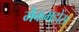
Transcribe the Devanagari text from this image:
मैकमहोंस